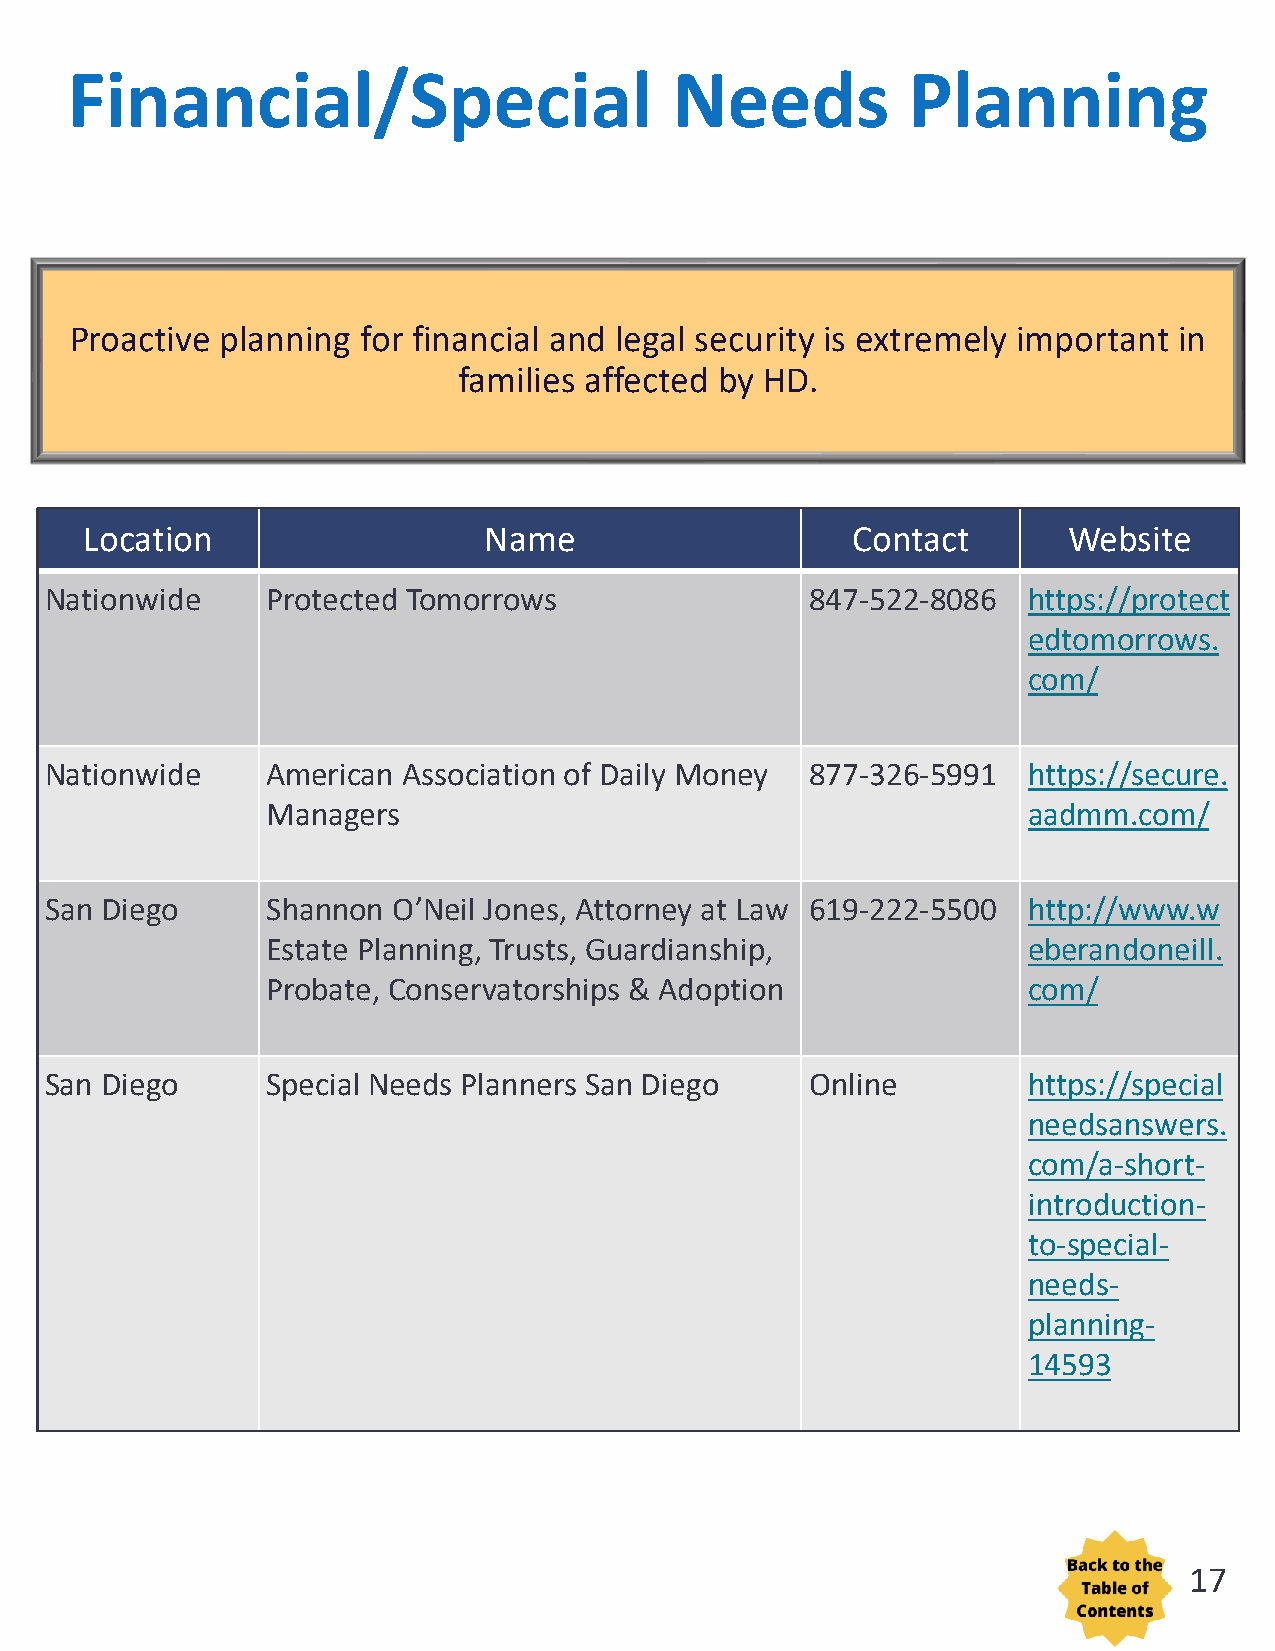
Financial/Special                        Needs          Planning
 Proactive planning for financial and legal security is extremely important in
 families affected by HD.
 Location                  Name                    Contact        Website
 Nationwide     Protected Tomorrows                 847-522-8086  https://protect
 edtomorrows.
 com/
 Nationwide     American Association of Daily Money 877-326-5991  https://secure.
 Managers                                          aadmm.com/
 San Diego      Shannon O’Neil Jones, Attorney at Law 619-222-5500 http://www.w
 Estate Planning, Trusts, Guardianship,            eberandoneill.
 Probate, Conservatorships & Adoption              com/
 San Diego      Special Needs Planners San Diego    Online        https://special
 needsanswers.
 com/a-short-
 introduction-
 to-special-
 needs-
 planning-
 14593
 17